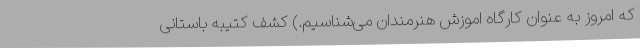
که امروز به عنوان کارگاه اموزش هنرمندان می‌شناسیم.) کشف کتیبه باستانی